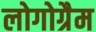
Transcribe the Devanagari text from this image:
लोगोग्रैम